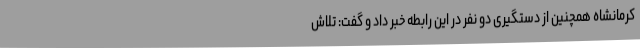
کرمانشاه همچنین از دستگیری دو نفر در این رابطه خبر داد و گفت: تلاش